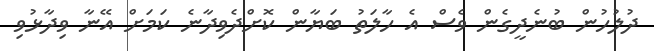
ދުލުހުން ބުނެދީގެން ވެސް އެ ހާލަތު ބަޔާން ކޮށްދެވިދާނެ ކަމަށް އޭނާ ވިދާޅުވި